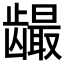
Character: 𲎪